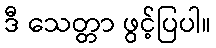
ဒီ သေတ္တာ ဖွင့်ပြပါ။